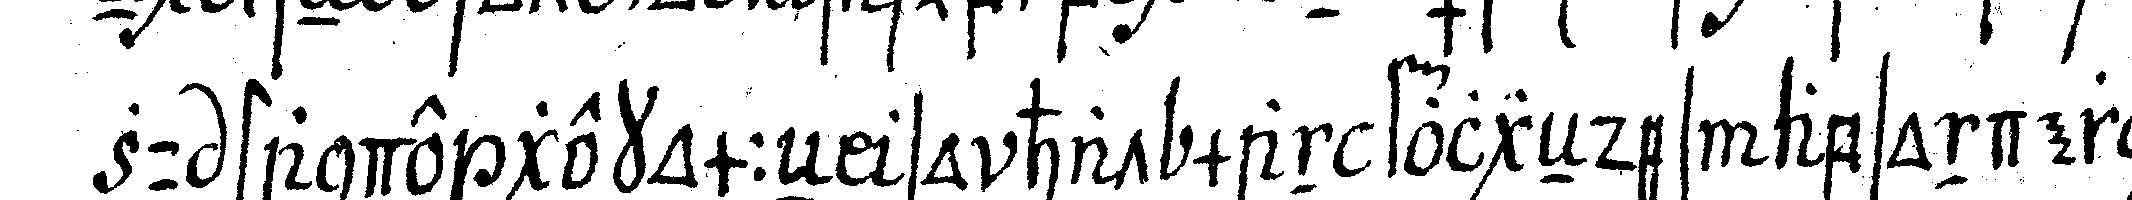
zu stande gekommeN so hat man folgeNdes absonderlich